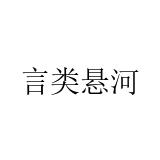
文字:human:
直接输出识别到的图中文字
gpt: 言类悬河